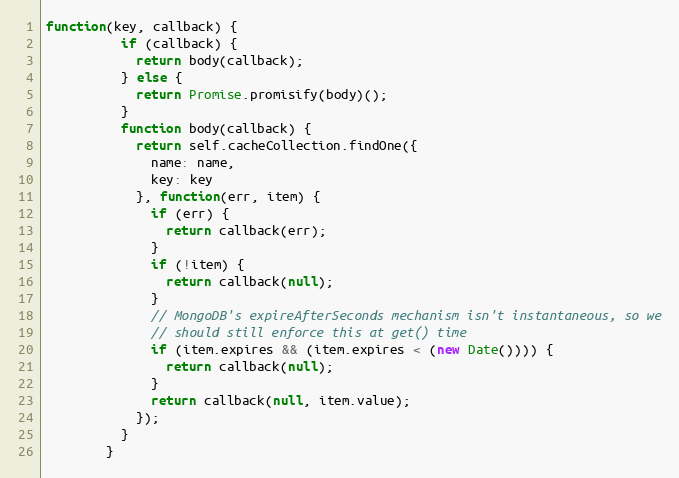
Language: JavaScript
function(key, callback) {
          if (callback) {
            return body(callback);
          } else {
            return Promise.promisify(body)();
          }
          function body(callback) {
            return self.cacheCollection.findOne({
              name: name,
              key: key
            }, function(err, item) {
              if (err) {
                return callback(err);
              }
              if (!item) {
                return callback(null);
              }
              // MongoDB's expireAfterSeconds mechanism isn't instantaneous, so we
              // should still enforce this at get() time
              if (item.expires && (item.expires < (new Date()))) {
                return callback(null);
              }
              return callback(null, item.value);
            });
          }
        }